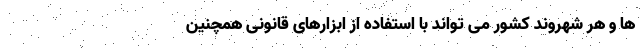
ها و هر شهروند کشور می تواند با استفاده از ابزارهای قانونی همچنین